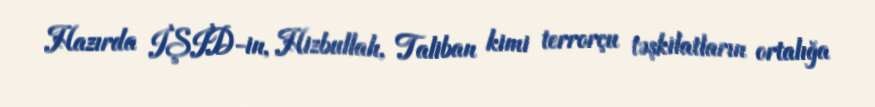
Hazırda İŞİD-in, Hizbullah, Taliban kimi terrorçu təşkilatların ortalığa